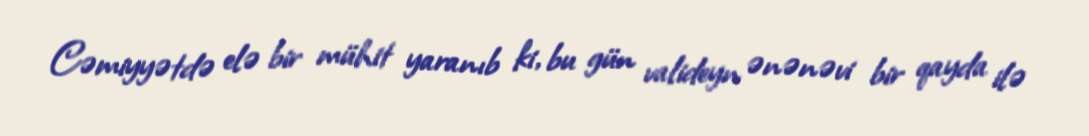
Cəmiyyətdə elə bir mühit yaranıb ki, bu gün valideyn ənənəvi bir qayda ilə